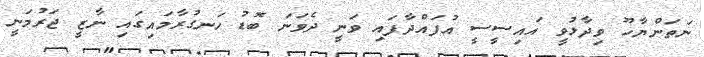
ނަތަންޔާހޫ ވިދާޅުވީ އައިސީސީ އުފައްދާފައި ވަނީ ދެވަނަ ބޮޑު ހަނގުރާމައިގައި ނާޒީ ޖަރުމަނީ